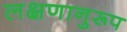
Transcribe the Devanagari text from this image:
लक्षणानुरूप